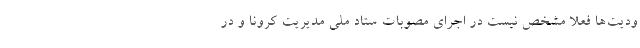
ودیت‌ها فعلا مشخص نیست در اجرای مصوبات ستاد ملی مدیریت کرونا و در